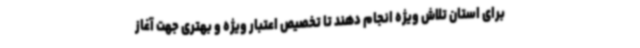
برای استان تلاش ویژه انجام دهند تا تخصیص اعتبار ویژه و بهتری جهت آغاز